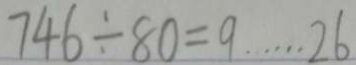
7 4 6 \div 8 0 = 9 \cdots 2 6